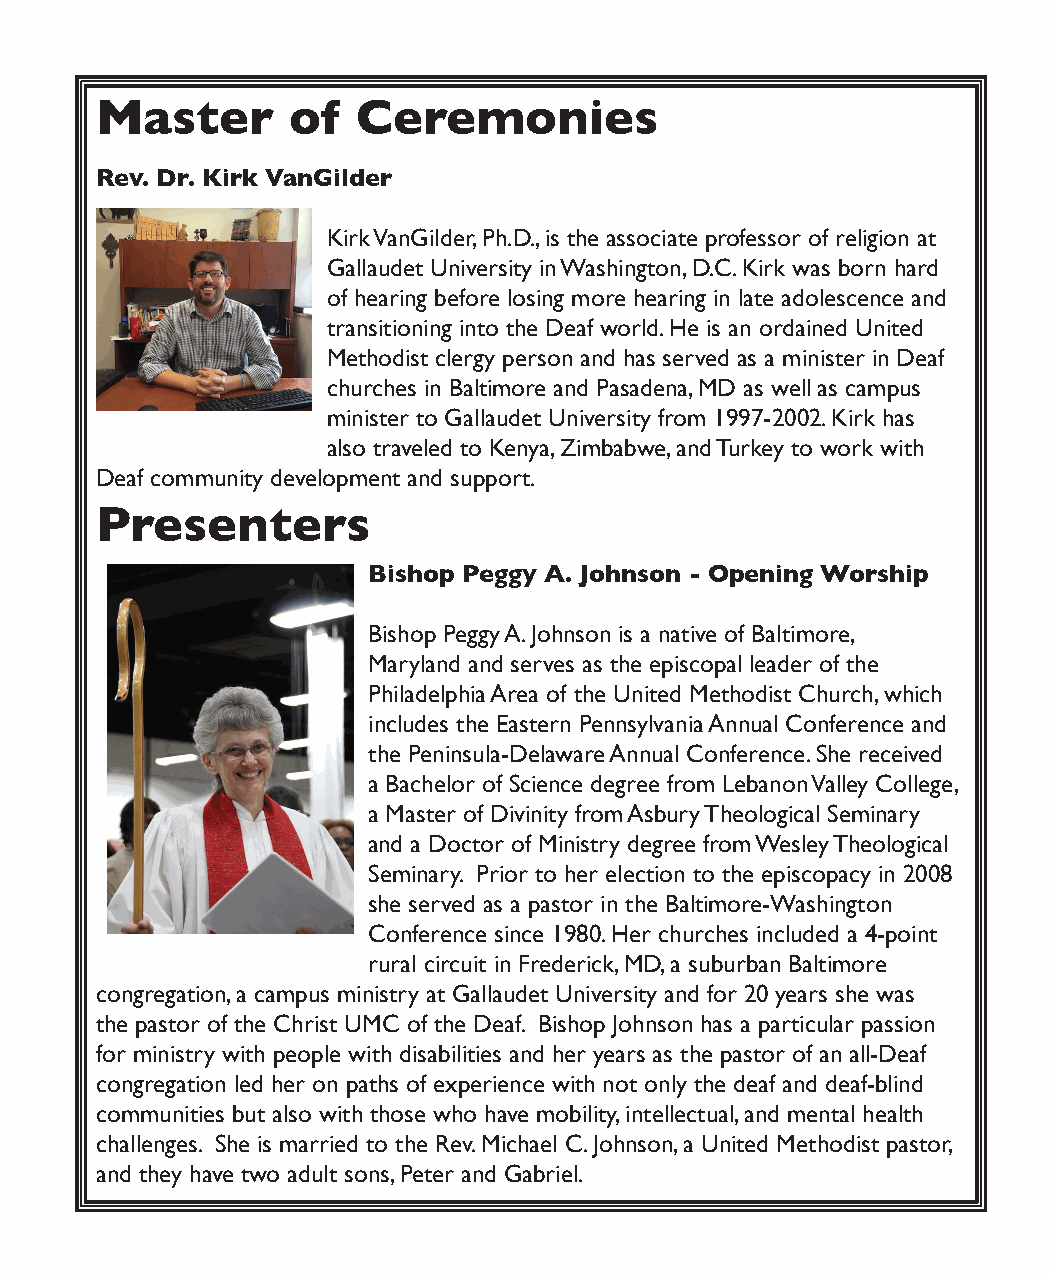
Master       of   Ceremonies
 Rev. Dr. Kirk VanGilder
 Kirk VanGilder, Ph.D., is the associate professor of religion at
 Gallaudet University in Washington, D.C. Kirk was born hard
 of hearing before losing more hearing in late adolescence and
 transitioning into the Deaf world. He is an ordained United
 Methodist clergy person and has served as a minister in Deaf
 churches in Baltimore and Pasadena, MD as well as campus
 minister to Gallaudet University from 1997-2002. Kirk has
 also traveled to Kenya, Zimbabwe, and Turkey to work with
 Deaf community development and support.
 Presenters
 Bishop Peggy A. Johnson - Opening Worship
 Bishop Peggy A. Johnson is a native of Baltimore,
 Maryland and serves as the episcopal leader of the
 Philadelphia Area of the United Methodist Church, which
 includes the Eastern Pennsylvania Annual Conference and
 the Peninsula-Delaware Annual Conference. She received
 a Bachelor of Science degree from Lebanon Valley College,
 a Master of Divinity from Asbury Theological Seminary
 and a Doctor of Ministry degree from Wesley Theological
 Seminary. Prior to her election to the episcopacy in 2008
 she served as a pastor in the Baltimore-Washington
 Conference since 1980. Her churches included a 4-point
 rural circuit in Frederick, MD, a suburban Baltimore
 congregation, a campus ministry at Gallaudet University and for 20 years she was
 the pastor of the Christ UMC of the Deaf. Bishop Johnson has a particular passion
 for ministry with people with disabilities and her years as the pastor of an all-Deaf
 congregation led her on paths of experience with not only the deaf and deaf-blind
 communities but also with those who have mobility, intellectual, and mental health
 challenges. She is married to the Rev. Michael C. Johnson, a United Methodist pastor,
 and they have two adult sons, Peter and Gabriel.